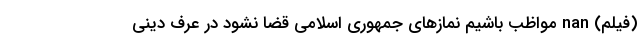
(فیلم) nan مواظب باشیم نمازهای جمهوری اسلامی قضا نشود در عرف دینی